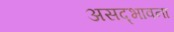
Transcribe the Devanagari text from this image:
असद्‍भावना